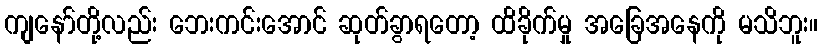
ကျနော်တို့လည်း ဘေးကင်းအောင် ဆုတ်ခွာရတော့ ထိခိုက်မှု အခြေအနေကို မသိဘူး။